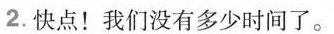
2.快点！我们没有多少时间了。